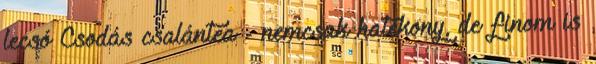
lecsó Csodás csalántea - nemcsak hatékony, de finom is